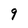
Character: 9